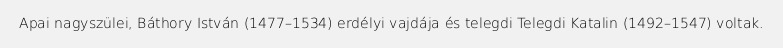
Apai nagyszülei, Báthory István (1477–1534) erdélyi vajdája és telegdi Telegdi Katalin (1492–1547) voltak.